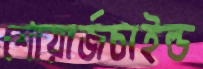
শোয়ার্জচাইল্ড